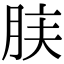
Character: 𦚫